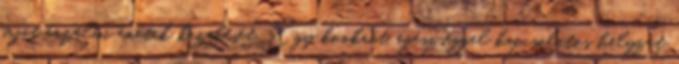
saját érzelmi énetek kezelését. Egy konkrét, egészséggel kapcsolatos helyzet